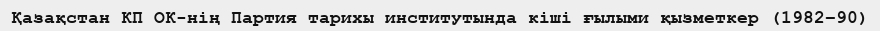
Қазақстан КП ОК-нің Партия тарихы институтында кіші ғылыми қызметкер (1982–90)